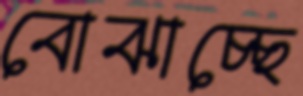
বোঝাচ্ছে